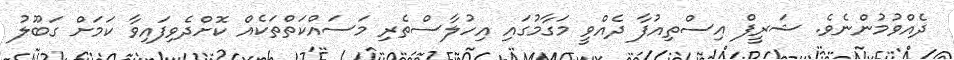
ދެއްވުމުންނެވެ. ޝަރީފް އިސްތިއުފާ ދެއްވީ މަގާމުގައި އިހުލާސްތެރި މަސައްކަތްތަކެއް ކޮށްދެވިފައިވާ ކަމަށް ގަބޫލު